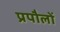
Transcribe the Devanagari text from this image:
प्रपौलों